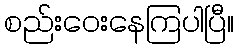
စည်းဝေးနေကြပါပြီ။